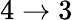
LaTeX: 4\rightarrow 3